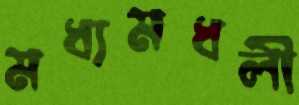
মধ্যমধলী